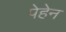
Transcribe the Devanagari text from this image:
पेहेन